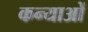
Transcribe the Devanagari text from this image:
कन्याओें